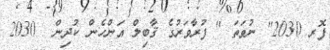
ފޮރ 2030" ނުވަތަ " ފުރާވަރުގެ ޤާބިލް އަންހެން ކުދިން  2030